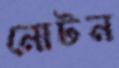
নোটন